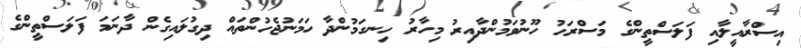
އިސްރާއީލާއި ފަލަސްތީންގެ މަސްރަހު ހޫނުވަމުންދާއިރު މިހާރު ހިނގަމުންދާ ހަމަނުޖެހުންތައް ދިގުލައިގެން ދާނަމަ ފަލަސްތީންގެ